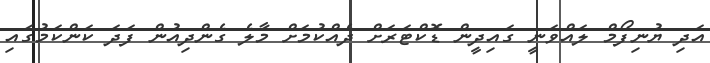
އަދި ޔުނިފޯމް ލައްވަނީ ގައިދީން ޑޮކްޓަރަށް ދެއްކުމަށް މާލެ ގެންދިއުން ފަދަ ކަންކަމުގައި